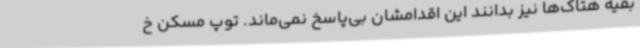
بقیه هتاک‌ها نیز بدانند این اقدامشان بی‌پاسخ نمی‌ماند. توپ مسکن خ